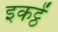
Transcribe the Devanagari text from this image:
इकट्ठें